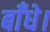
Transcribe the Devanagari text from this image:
बाँधे।